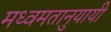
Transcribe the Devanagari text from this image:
मध्वमतानुयायी